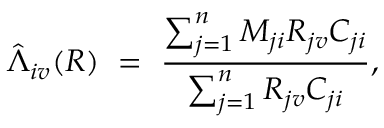
\hat { \Lambda } _ { i v } ( R ) \ = \ \frac { \sum _ { j = 1 } ^ { n } M _ { j i } R _ { j v } C _ { j i } } { \sum _ { j = 1 } ^ { n } R _ { j v } C _ { j i } } ,